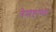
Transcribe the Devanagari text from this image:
त्रेसष्टाव्या